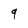
Character: 9